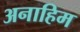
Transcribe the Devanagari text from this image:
अनाहिम